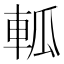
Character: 軱